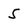
Character: 5